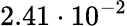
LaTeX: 2.41\cdot 10^{-2}